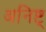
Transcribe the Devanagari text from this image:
अनिष्ट्